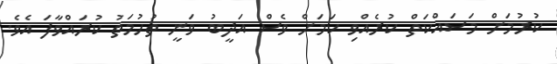
ކުރުމަށް މަސައްކަތް ކުރެއްވި ކަމަށް ވެސް އަދީބު ވަނީ ތުހުމަތު ކުރައްވާފަ އެވެ.